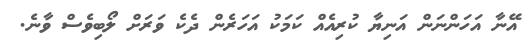
އޭނާ އަހަންނަން އަނިޔާ ކުރިއެއް ކަމަކު އަހަރެން ދެކެ ވަރަށް ލޯބިވެސް ވާނެ.